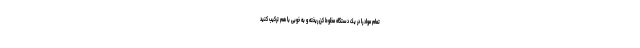
تمام مواد را در یک دستگاه مخلوط کن ریخته و به خوبی با هم ترکیب کنید